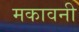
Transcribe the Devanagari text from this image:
मकावनी